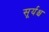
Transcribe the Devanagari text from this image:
सूर्यश्च